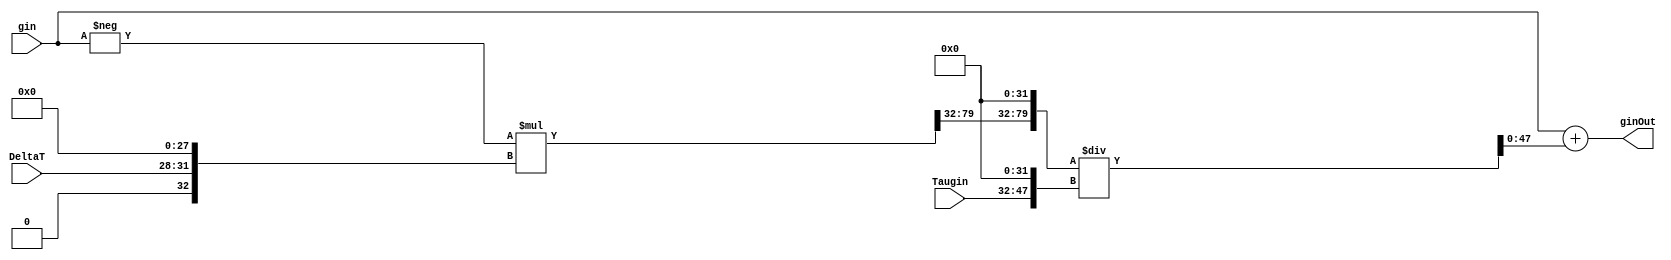
module GinLeakUnit
#(
	parameter INTEGER_WIDTH = 16, 
	parameter DATA_WIDTH_FRAC = 32,
	parameter DATA_WIDTH = INTEGER_WIDTH + DATA_WIDTH_FRAC, 
	parameter DELTAT_WIDTH = 4
)
(
	
	input wire signed [(DATA_WIDTH-1):0] gin,
	input wire signed [(DELTAT_WIDTH-1):0] DeltaT,
	input wire signed [(INTEGER_WIDTH-1):0] Taugin,
	

	output wire signed [(DATA_WIDTH-1):0] ginOut
);

 
	//Intermediate Values:
	wire signed [(INTEGER_WIDTH-1):0] MultResult_Int;
	wire signed [(DATA_WIDTH_FRAC-1):0] MultResult_Frac;
	wire signed [(DATA_WIDTH-1):0] DeltaT_Extended, MultResult, Taugin_Extended, Quotient;
	wire signed [(DATA_WIDTH + DATA_WIDTH_FRAC - 1):0] Dividend; 

	wire signed [(DATA_WIDTH-1):0] V1;
	wire signed [(2*DATA_WIDTH -1):0] V2;
	wire signed [(DATA_WIDTH + DATA_WIDTH_FRAC - 1):0] V3;


	//Wire Select and/or padding for Fixed-point Arithmetic
	assign DeltaT_Extended = {{INTEGER_WIDTH{1'b0}},DeltaT,{DATA_WIDTH_FRAC-DELTAT_WIDTH{1'b0}}};			//pad integer bits and rest of fractional bits 
	assign MultResult_Int = V2[(DATA_WIDTH + DATA_WIDTH_FRAC - 1):(DATA_WIDTH + DATA_WIDTH_FRAC - INTEGER_WIDTH)];	//take lower <INTEGER_WIDTH> integer bits of product
	assign MultResult_Frac = V2[(DATA_WIDTH + DATA_WIDTH_FRAC - INTEGER_WIDTH - 1):DATA_WIDTH_FRAC];		//take higher <DATA_WIDTH_FRAC> frac bits of product
	assign MultResult = {MultResult_Int,MultResult_Frac};								//concatenate to form product in given format
	assign Taugin_Extended = {Taugin,{DATA_WIDTH_FRAC{1'b0}}};							//pad fractional bits
	assign Dividend = {MultResult,{DATA_WIDTH_FRAC{1'b0}}};								//shift by all decimal places before division
	assign Quotient = V3[(DATA_WIDTH-1):0];										//take lower <DATA_WIDTH> bits of Division result



	//Combinational Computation
	assign V1 = -gin;
	assign V2 = V1*DeltaT_Extended;
	assign V3 = Dividend/Taugin_Extended;
	assign ginOut = gin + Quotient; 


endmodule